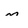
Character: m